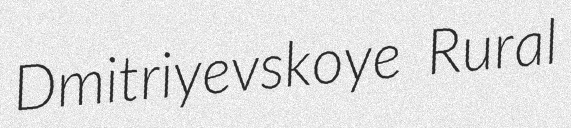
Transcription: Dmitriyevskoye Rural